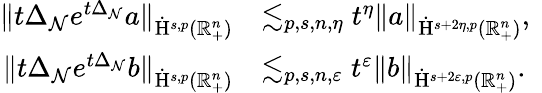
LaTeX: \begin{array}{rl}{\lVert t\Delta_{\mathcal{N}}e^{t\Delta_{\mathcal{N}}}a\rVert_{\dot{\mathrm{H}}^{s,p}(\mathbb{R}_{+}^{n})}}&{\lesssim_{p,s,n,\eta}t^{\eta}\lVert a\rVert_{\dot{\mathrm{H}}^{s+2\eta,p}(\mathbb{R}_{+}^{n})}\mathrm{,~}}\\ {\lVert t\Delta_{\mathcal{N}}e^{t\Delta_{\mathcal{N}}}b\rVert_{\dot{\mathrm{H}}^{s,p}(\mathbb{R}_{+}^{n})}}&{\lesssim_{p,s,n,\varepsilon}t^{\varepsilon}\lVert b\rVert_{\dot{\mathrm{H}}^{s+2\varepsilon,p}(\mathbb{R}_{+}^{n})}\mathrm{.~}}\end{array}